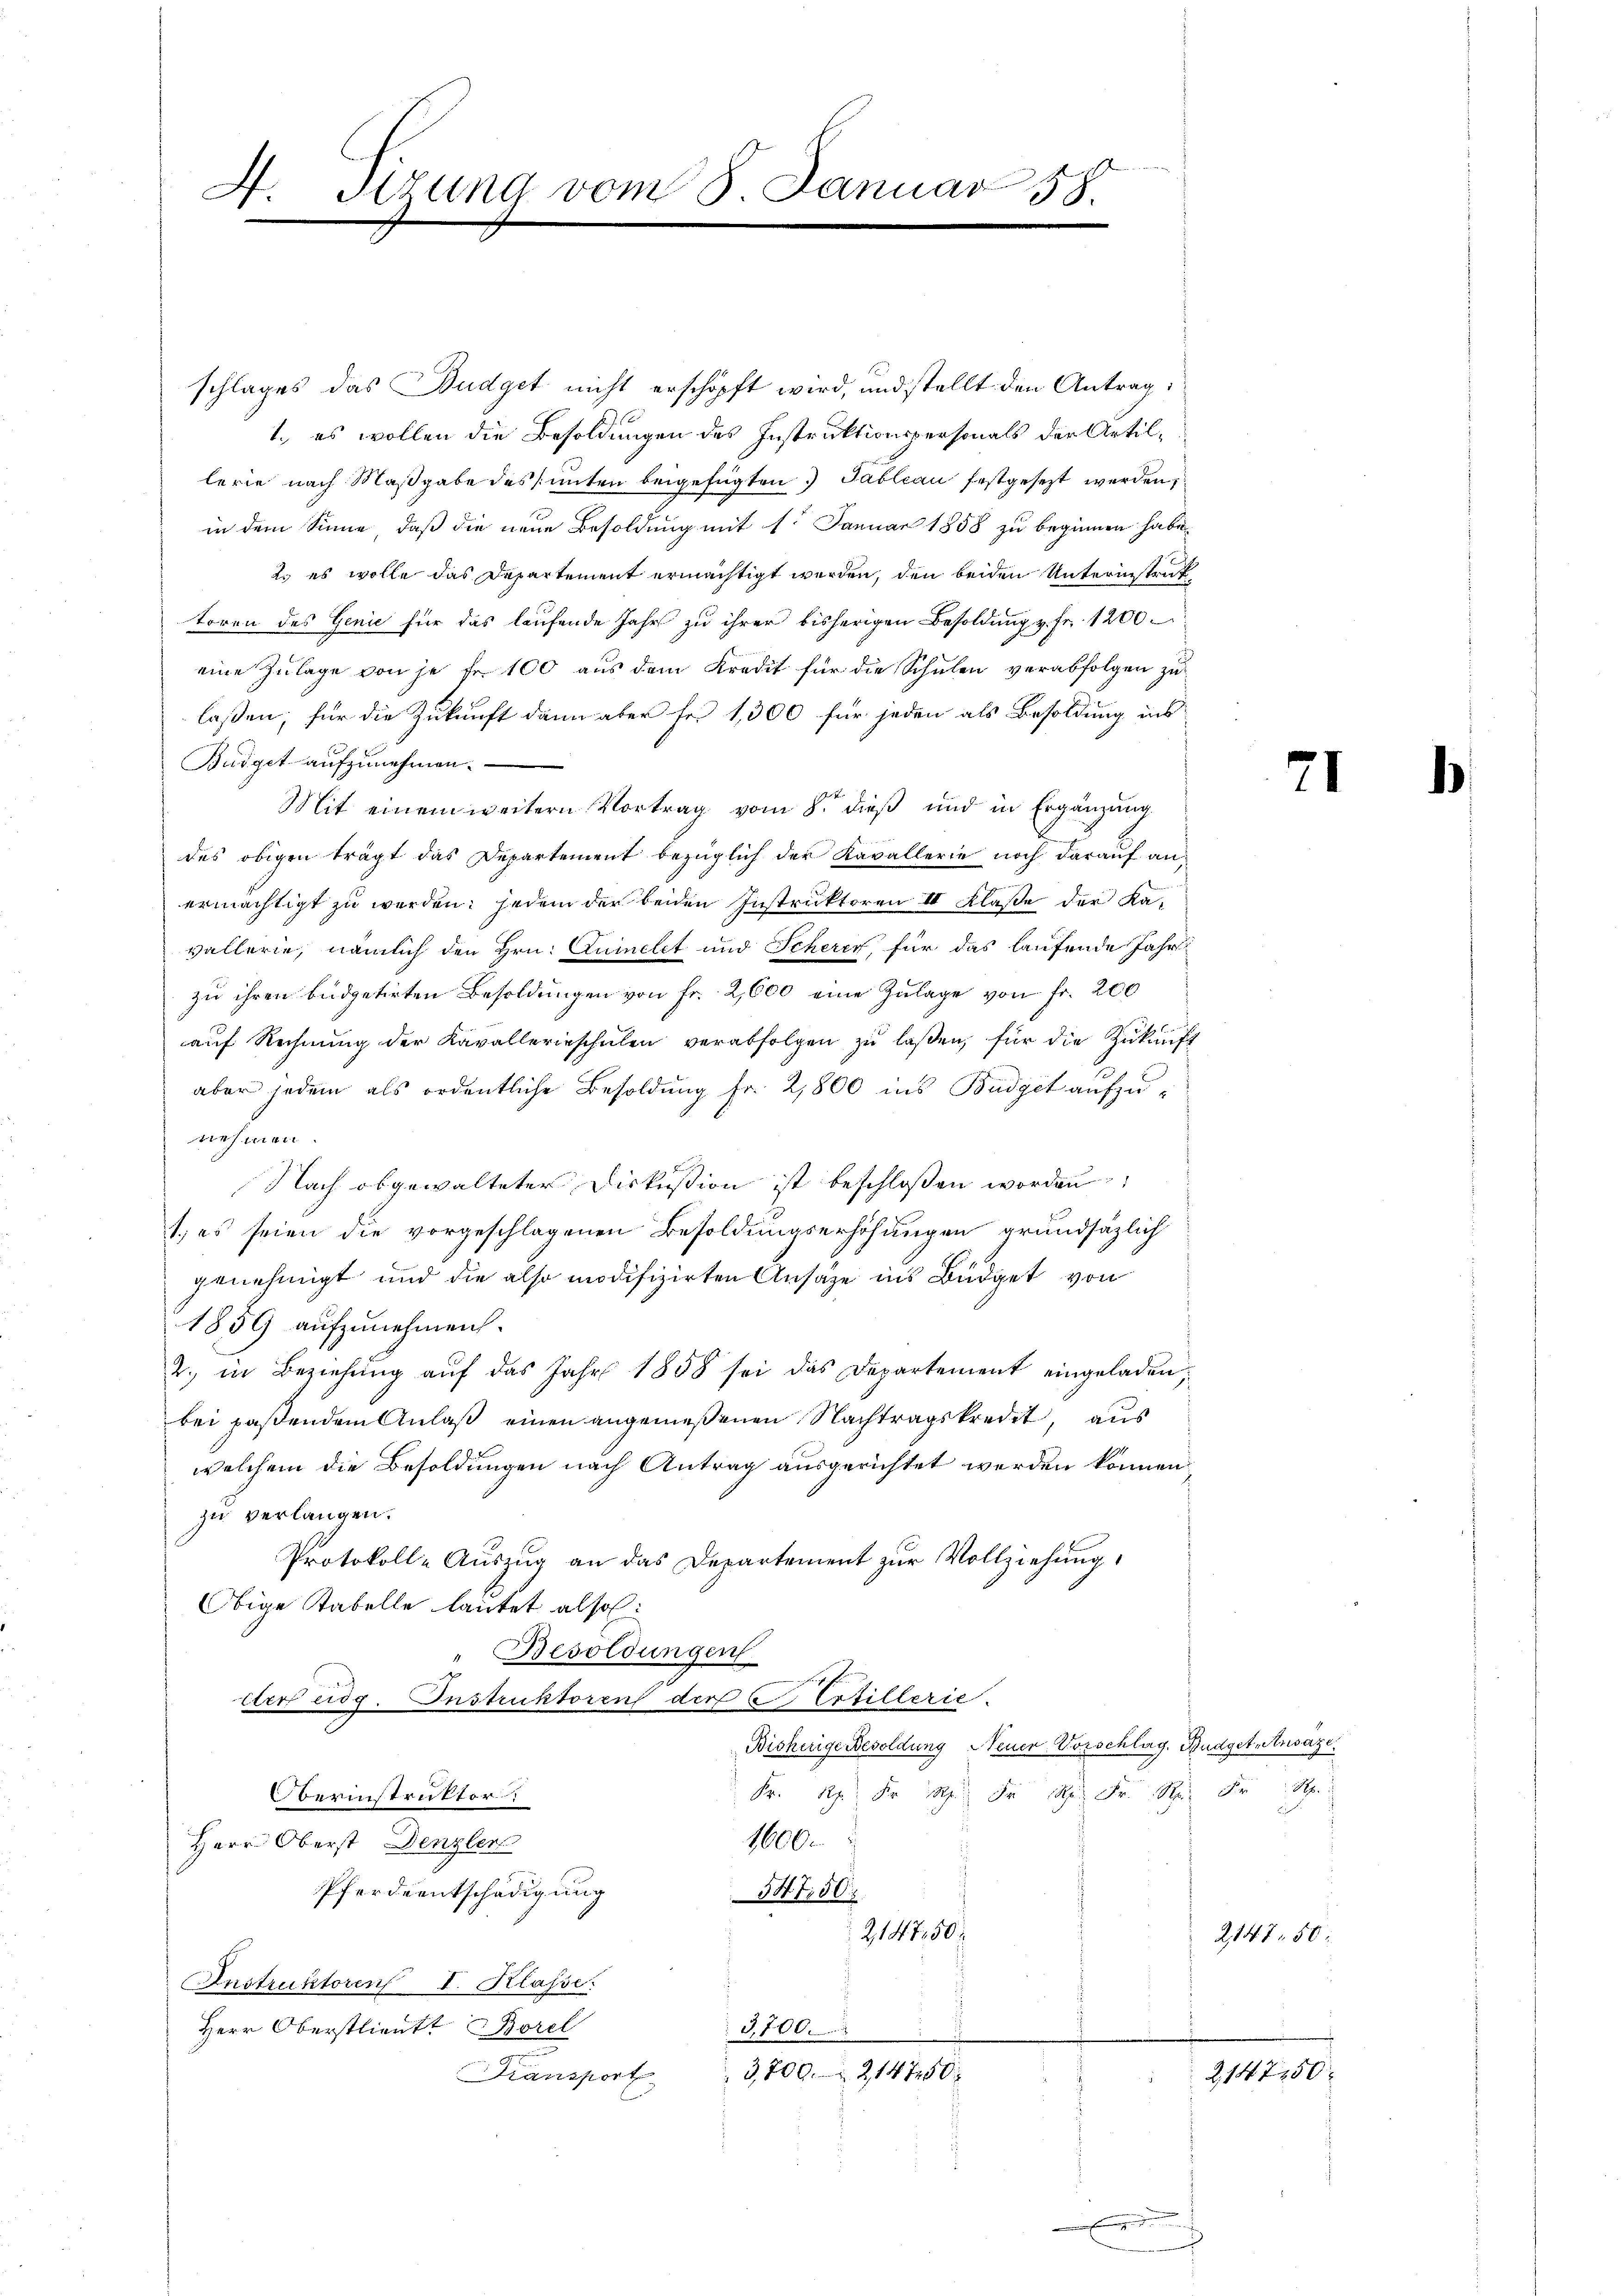
4. Sizung vom 8. Januar 38.

schlages das Budget nicht erschöpft wird, und stellt den Antrag
1., es wollen die Besoldungen des Instruktionspersonals der Artillerie nach Maßgabe des unten beigefügten Tableau festgesezt werden,
in dem Sinne, daß die neue Besoldung mit 1. Januar 1858 zu beginnen habe,
2. es wolle das Departement ermächtigt werden, den beiden Unterinstrak
toren des Genie für das laufende Jahr zu ihrer bisherigen Besoldŭng u. fr. 1200.
eine Zulage von je Fr. 100 aus dem Kredit für die Schulen verabfolgen zu
laßen, für die Zukunft dann aber für 1,300 für jeden als Besoldung ins
Büdget aufzunehmen.
Mit einem weitern Vortrag vom 8. dieß und in Ergänzung
des obigen trägt das Departement bezüglich der Kavallerie noch darauf anermächtigt zu werden; jedem der beiden Instruktoren III Klaße der Kavallerie, nämlich den Hrn. Quinclet und Scherer für das laufende Jahr
zu ihren Budgetirten Besoldungen von Fr. 2600 eine Zulage von Fr. 200
aŭf Rechnŭng der Kavallerieschŭlen verabfolgen zŭ lassen, für die Zŭkŭnft
aber jedem als ordentliche Besoldung fr. 2800 ins Budget aufzunehmen
Nach abgewalteter Diskussion ist beschloßen worden
1. es seien die vorgeschlagenen Besoldungserhöhungen grundsätzlich
genehmigt und die also modifizirten Ansäze ins Büdget von
1859 aufzunehmen.
2., in Beziehung auf das Jahr 1858 sei das Departement eingeladen,
bei passendem Anlaß einen angemeßenen Nachtragskredet, aus
welchem die Besoldungen nach Antrag ausgerichtet werden können.
zu verlangen.
Protokoll-Auszug an das Departement zur Vollziehung
Obige Tabelle lautet also:
Besoldungen
Arr eidg. Instruktoren der C Erfillerie.
Bisherige Besoldung Neuer Vorschlag. Budgetansazi
.
berinstruktor
1600.
Herr Oberst Denzler
Pferdientschädigung
547. 50
214750
Instruktoren I. Klasse:
Herr Oberstlieutt Borel
3,700.
3,800. 214750.
Fransport

2147. 50:

2147150

71

1